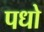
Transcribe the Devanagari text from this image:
पधो